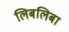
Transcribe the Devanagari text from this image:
लिबलिबा